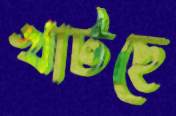
খাটছে